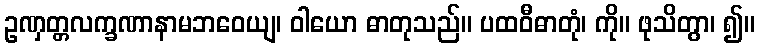
ဥဏှတ္တလက္ခဏာနာမဘဝေယျ၊ ဝါယော ဓာတုသည်။ ပထဝီဓာတုံ၊ ကို။ ဖုသိတွာ၊ ၍။